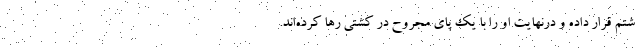
شتم قرار داده و درنهایت او را با یک پای مجروح در کشتی رها کرده‌اند.